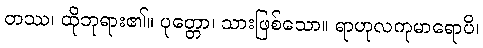
တဿ၊ ထိုဘုရား၏။ ပုတ္တော၊ သားဖြစ်သော။ ရာဟုလကုမာရောပိ၊